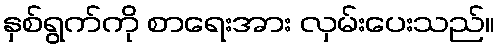
နှစ်ရွက်ကို စာရေးအား လှမ်းပေးသည်။